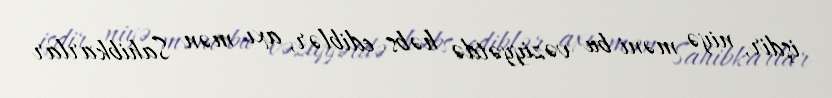
işdir, niyə məni bu vəziyyətdə həbs ediblər, axı mən Sahibkarlar